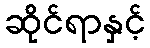
ဆိုင်ရာနှင့်